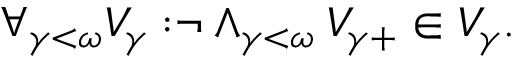
\forall _ { \gamma < \omega } { V _ { \gamma } : } \neg \land _ { \gamma < \omega } { V _ { \gamma + } \in V _ { \gamma } } .